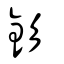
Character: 釤